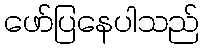
ဖော်ပြနေပါသည်